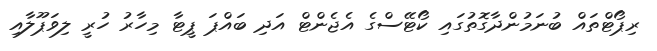
ރިޕޯޓްތައް ބުނަމުންދާގޮތުގައި ކޯޓޭސްގެ އެޖެންޓް އަދި ބައްޕަ ޕީޓާ މިހާރު ހުރީ ލިވަޕޫލާއި